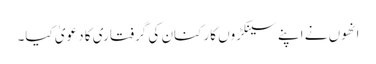
انھوں نے اپنے سینکڑوں کارکنان کی گرفتاری کا دعویٰ کیا۔